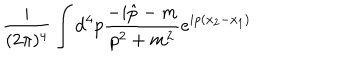
LaTeX: \frac { i } { ( 2 \pi ) ^ { 4 } } \int { \mathrm d } ^ { 4 } p \frac { - i \hat { p } - m } { p ^ { 2 } + m ^ { 2 } } e ^ { i p ( x _ { 2 } - x _ { 1 } ) }